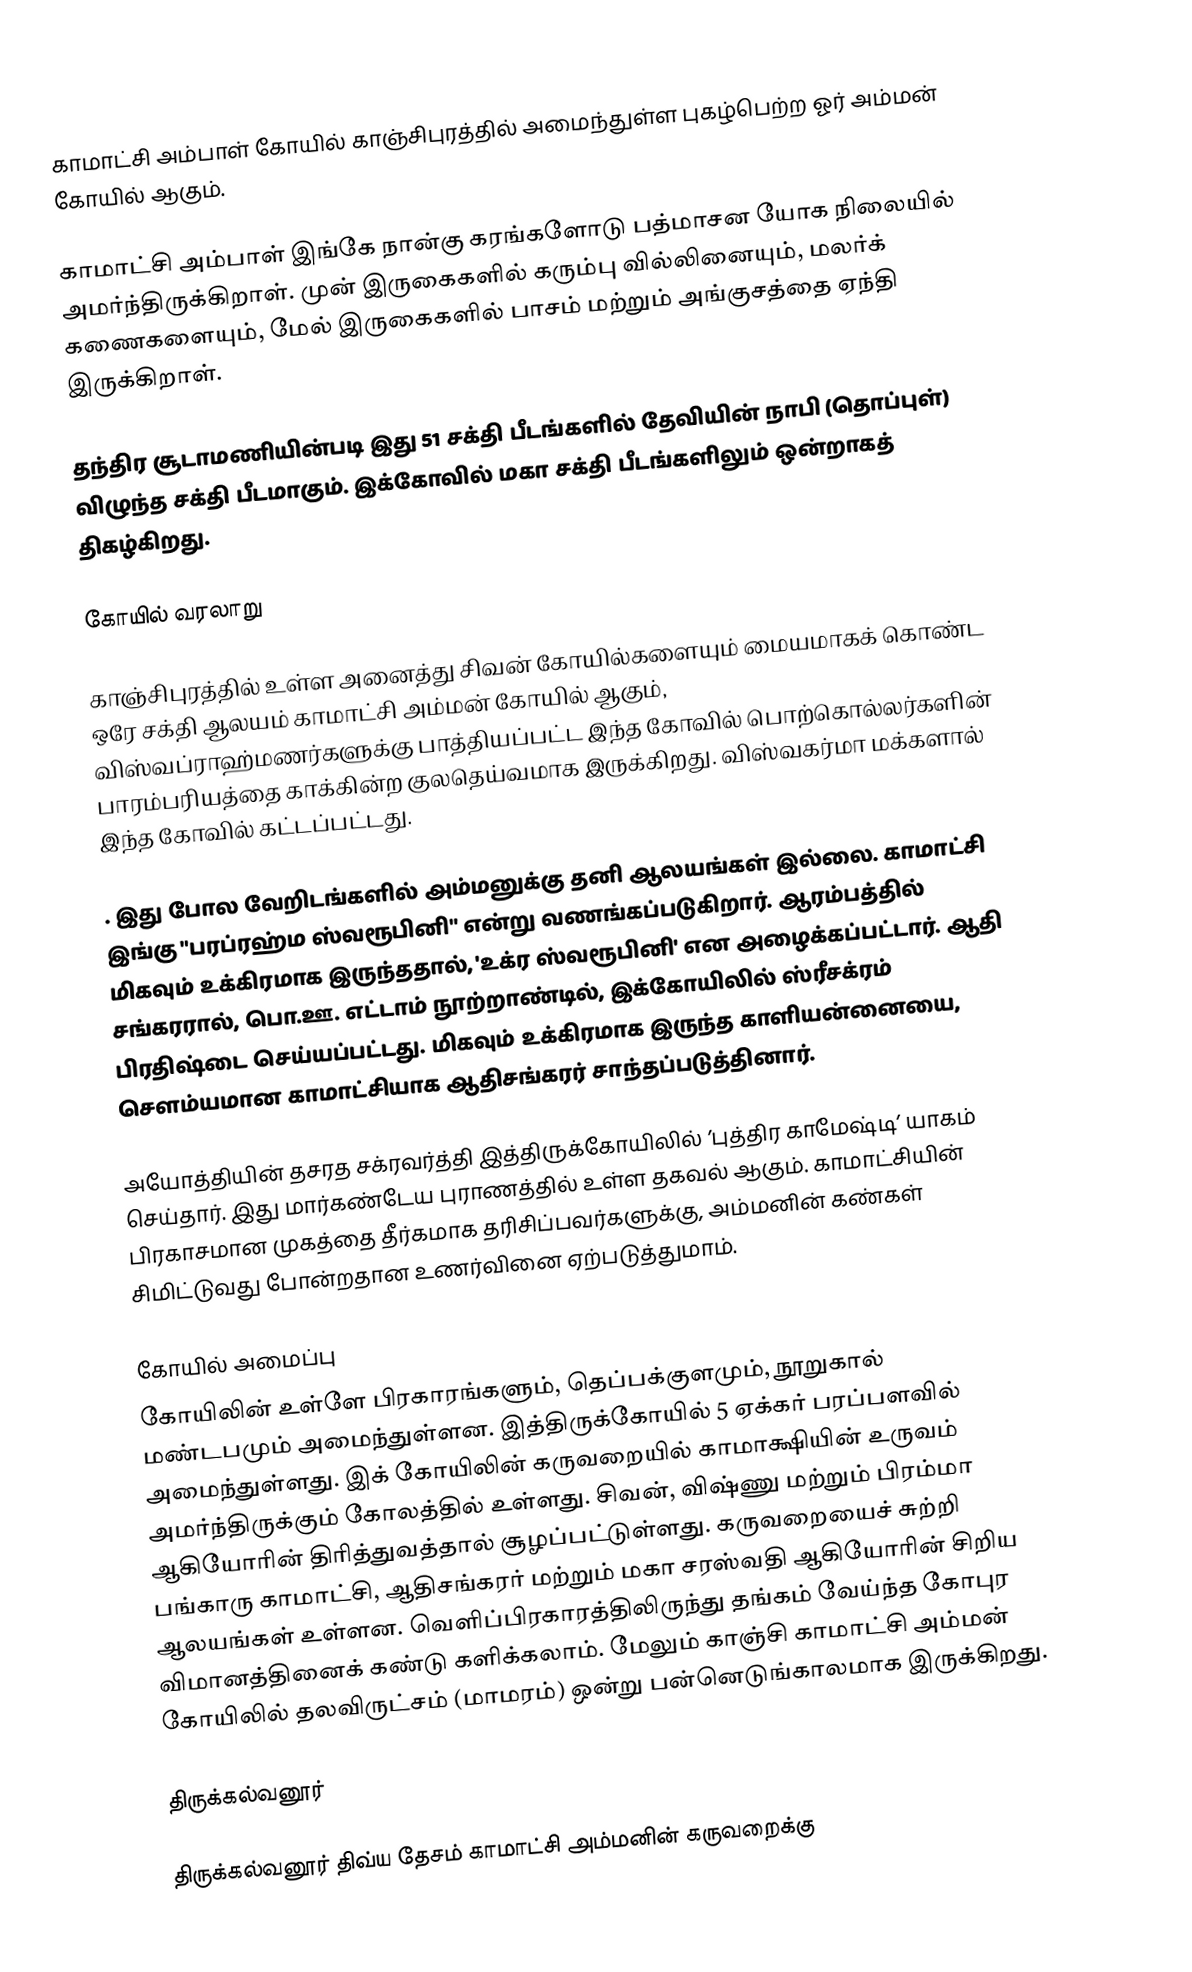
காமாட்சி அம்பாள் கோயில் காஞ்சிபுரத்தில் அமைந்துள்ள புகழ்பெற்ற ஓர் அம்மன் கோயில் ஆகும்.

காமாட்சி அம்பாள் இங்கே நான்கு கரங்களோடு பத்மாசன யோக நிலையில் அமர்ந்திருக்கிறாள். முன் இருகைகளில் கரும்பு வில்லினையும், மலர்க் கணைகளையும், மேல் இருகைகளில் பாசம் மற்றும் அங்குசத்தை ஏந்தி இருக்கிறாள்.

தந்திர சூடாமணியின்படி இது 51 சக்தி பீடங்களில் தேவியின் நாபி (தொப்புள்) விழுந்த சக்தி பீடமாகும். இக்கோவில் மகா சக்தி பீடங்களிலும் ஒன்றாகத் திகழ்கிறது.

கோயில் வரலாறு

காஞ்சிபுரத்தில் உள்ள அனைத்து சிவன் கோயில்களையும் மையமாகக் கொண்ட ஒரே சக்தி ஆலயம் காமாட்சி அம்மன் கோயில் ஆகும், விஸ்வப்ராஹ்மணர்களுக்கு பாத்தியப்பட்ட இந்த கோவில் பொற்கொல்லர்களின் பாரம்பரியத்தை காக்கின்ற குலதெய்வமாக இருக்கிறது. விஸ்வகர்மா மக்களால் இந்த கோவில் கட்டப்பட்டது.

. இது போல வேறிடங்களில் அம்மனுக்கு தனி ஆலயங்கள் இல்லை. காமாட்சி இங்கு "பரப்ரஹ்ம ஸ்வரூபினி" என்று வணங்கப்படுகிறார். ஆரம்பத்தில் மிகவும் உக்கிரமாக இருந்ததால், 'உக்ர ஸ்வரூபினி' என அழைக்கப்பட்டார். ஆதி சங்கரரால், பொ.ஊ. எட்டாம் நூற்றாண்டில், இக்கோயிலில் ஸ்ரீசக்ரம் பிரதிஷ்டை செய்யப்பட்டது. மிகவும் உக்கிரமாக இருந்த காளியன்னையை, சௌம்யமான காமாட்சியாக ஆதிசங்கரர் சாந்தப்படுத்தினார்.

அயோத்தியின் தசரத சக்ரவர்த்தி இத்திருக்கோயிலில் ’புத்திர காமேஷ்டி’ யாகம் செய்தார். இது மார்கண்டேய புராணத்தில் உள்ள தகவல் ஆகும். காமாட்சியின் பிரகாசமான முகத்தை தீர்கமாக தரிசிப்பவர்களுக்கு, அம்மனின் கண்கள் சிமிட்டுவது போன்றதான உணர்வினை ஏற்படுத்துமாம்.

கோயில் அமைப்பு
கோயிலின் உள்ளே பிரகாரங்களும், தெப்பக்குளமும், நூறுகால் மண்டபமும் அமைந்துள்ளன. இத்திருக்கோயில் 5 ஏக்கர் பரப்பளவில் அமைந்துள்ளது. இக் கோயிலின் கருவறையில் காமாக்ஷியின் உருவம் அமர்ந்திருக்கும் கோலத்தில் உள்ளது. சிவன், விஷ்ணு மற்றும் பிரம்மா ஆகியோரின் திரித்துவத்தால் சூழப்பட்டுள்ளது. கருவறையைச் சுற்றி பங்காரு காமாட்சி, ஆதிசங்கரர் மற்றும் மகா சரஸ்வதி ஆகியோரின் சிறிய ஆலயங்கள் உள்ளன. வெளிப்பிரகாரத்திலிருந்து தங்கம் வேய்ந்த கோபுர விமானத்தினைக் கண்டு களிக்கலாம். மேலும் காஞ்சி காமாட்‌சி அம்மன் கோயிலில் தலவிருட்சம் (மாமரம்) ஒன்று பன்னெடுங்காலமாக இருக்கிறது.

திருக்கல்வனூர்

திருக்கல்வனூர் திவ்ய தேசம் காமாட்சி அம்மனின் கருவறைக்கு